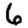
Digit: 6